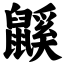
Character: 鼷